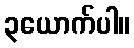
၃ယောက်ပါ။